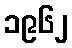
၁၉၆၂